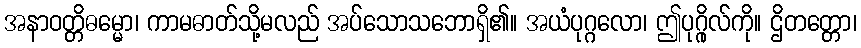
အနာဝတ္တိဓမ္မော၊ ကာမဓာတ်သို့မလည် အပ်သောသဘောရှိ၏။ အယံပုဂ္ဂလော၊ ဤပုဂ္ဂိုလ်ကို။ ဌိတတ္တော၊